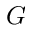
G